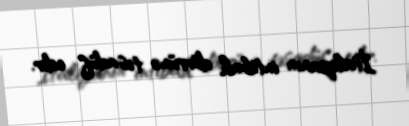
İtaliyanın intibah dövrünə təsadüf edir.